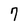
Character: 7